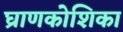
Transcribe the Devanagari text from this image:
घ्राणकोशिका